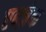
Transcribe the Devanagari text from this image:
एन्ज़ेक